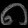
Digit: ၈